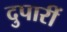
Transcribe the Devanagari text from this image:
दुपारीं